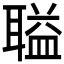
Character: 𫆌